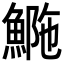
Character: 𩷿